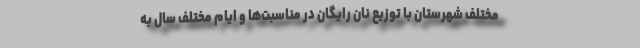
مختلف شهرستان با توزیع نان رایگان در مناسبت‌ها و ایام مختلف سال به